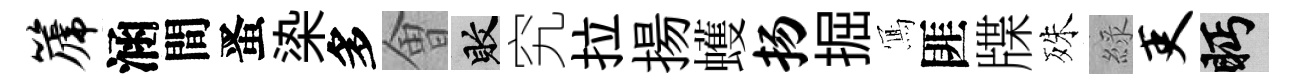
篪涵間󱉠𣑱多㑹敗究拉揚蠖扬掘𭂁匪牒殊綠吏眄